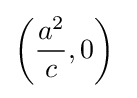
\left({\frac {a^{2}}{c}},0\right)\